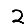
Digit: 2